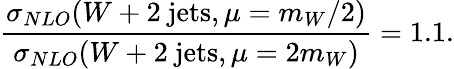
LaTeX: \frac{\sigma_{NLO}(W+2~\mathrm{jets},\mu=m_{W}/2)}{\sigma_{NLO}(W+2~\mathrm{jets},\mu=2m_{W})}=1.1.